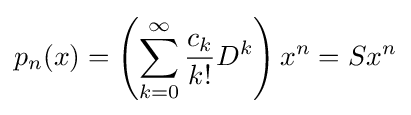
p_{n}(x)=\left(\sum _{k=0}^{\infty }{c_{k} \over k!}D^{k}\right)x^{n}=Sx^{n}